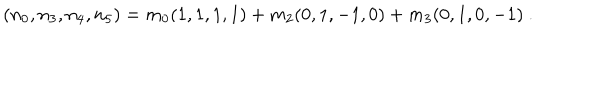
( n _ { 0 } , n _ { 3 } , n _ { 4 } , n _ { 5 } ) = m _ { 0 } ( 1 , 1 , 1 , 1 ) + m _ { 2 } ( 0 , 1 , - 1 , 0 ) + m _ { 3 } ( 0 , 1 , 0 , - 1 ) \ .